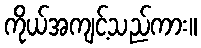
ကိုယ်အကျင့်သည်ကား။